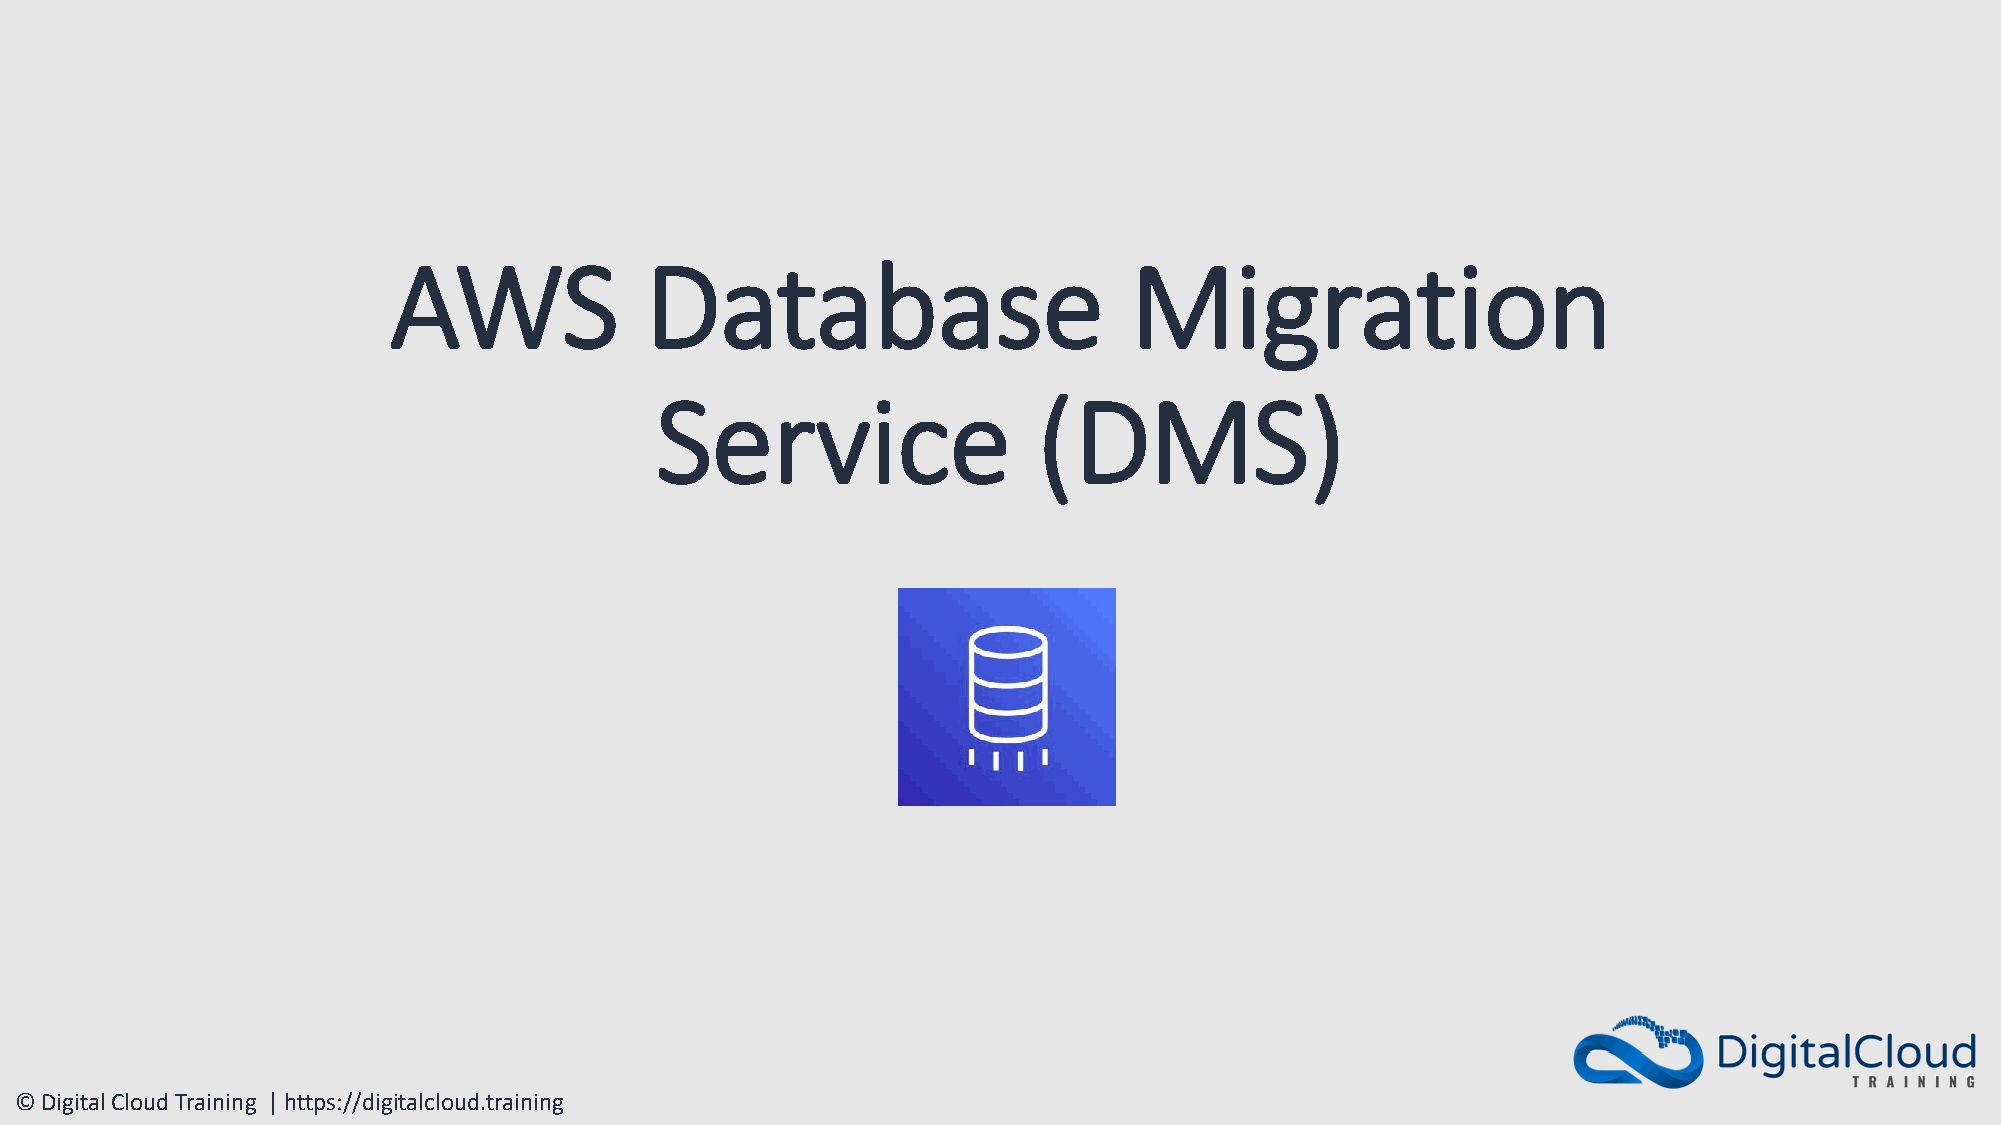
AWS              Database                        Migration
 Service                   (DMS)
 © Digital Cloud Training | https://digitalcloud.training